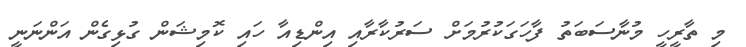
މި ތާރީހީ މުނާސަބަތު ފާހަގަކުރުމަށް ސަރުކާރާއި އިންޑިއާ ހައި ކޮމިޝަން ގުޅިގެން އަންނަނީ